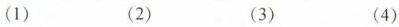
(1) (2) (3) (4)